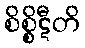
စိစ္စိဋီတိ